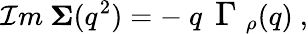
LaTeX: {\cal I}m\ {\mathbf\Sigma}(q^{2})=-\ q\, \mathrm{\large~\Gamma~}_{\rho}(q)\ ,